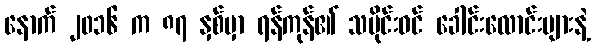
နောက် ၂၀၁၆ က ၈၇ နှစ်မှာ ရန်ကုန်၏ သမိုင်းဝင် ခေါင်းလောင်းများနဲ့